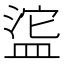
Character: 𬐥